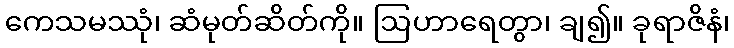
ကေသမဿုံ၊ ဆံမုတ်ဆိတ်ကို။ ဩဟာရေတွာ၊ ချ၍။ ခုရာဇိနံ၊